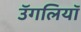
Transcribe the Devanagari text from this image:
उॅगलियाॅ